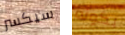
سيكسر بكونه